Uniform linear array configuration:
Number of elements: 16
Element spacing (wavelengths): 0.25
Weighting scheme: cosine
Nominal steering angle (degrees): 30
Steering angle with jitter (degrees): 30.798
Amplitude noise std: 0.05
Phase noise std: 0.05

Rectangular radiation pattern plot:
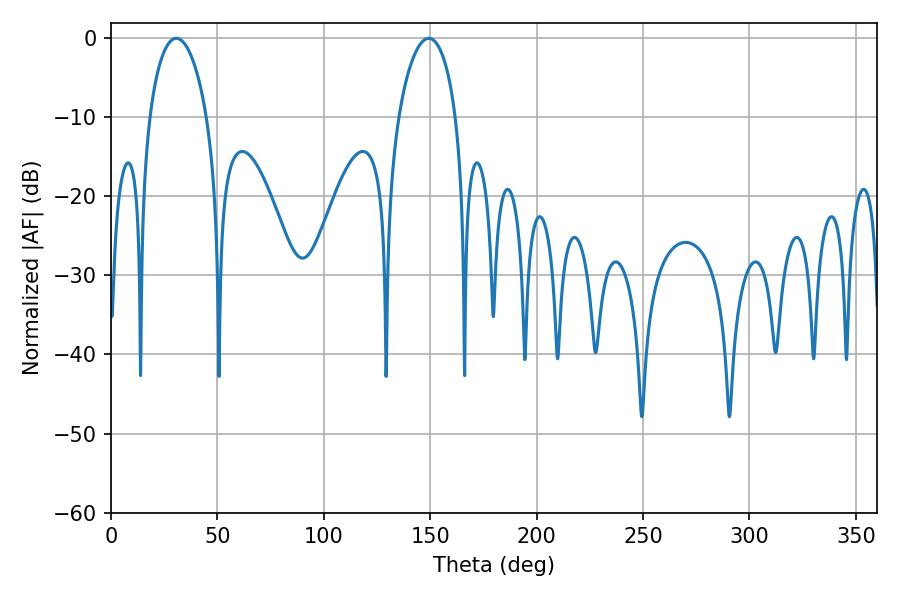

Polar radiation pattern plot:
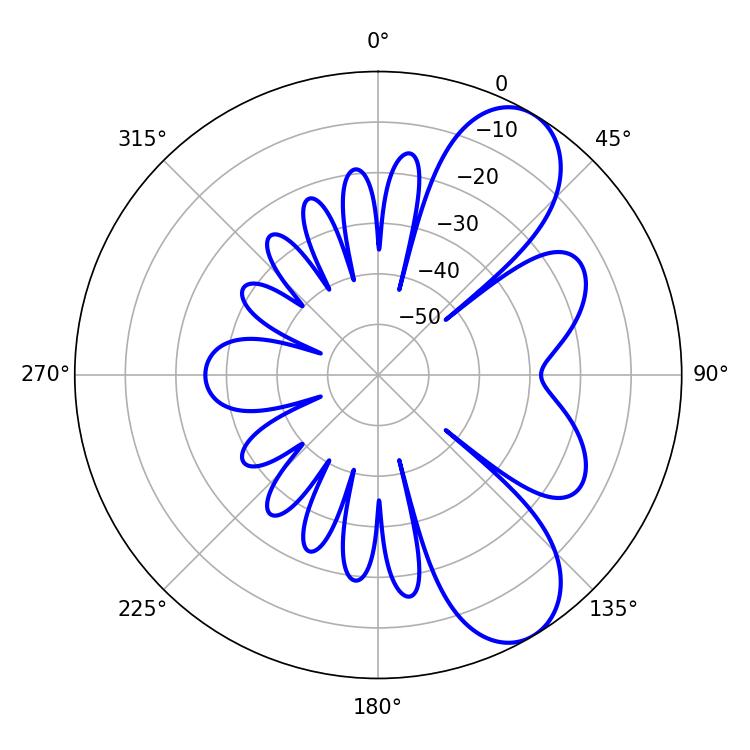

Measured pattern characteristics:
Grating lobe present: FALSE
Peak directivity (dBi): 8.169
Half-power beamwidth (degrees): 15.48
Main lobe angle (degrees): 30.6